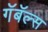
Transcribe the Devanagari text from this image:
गॅबॅल्स